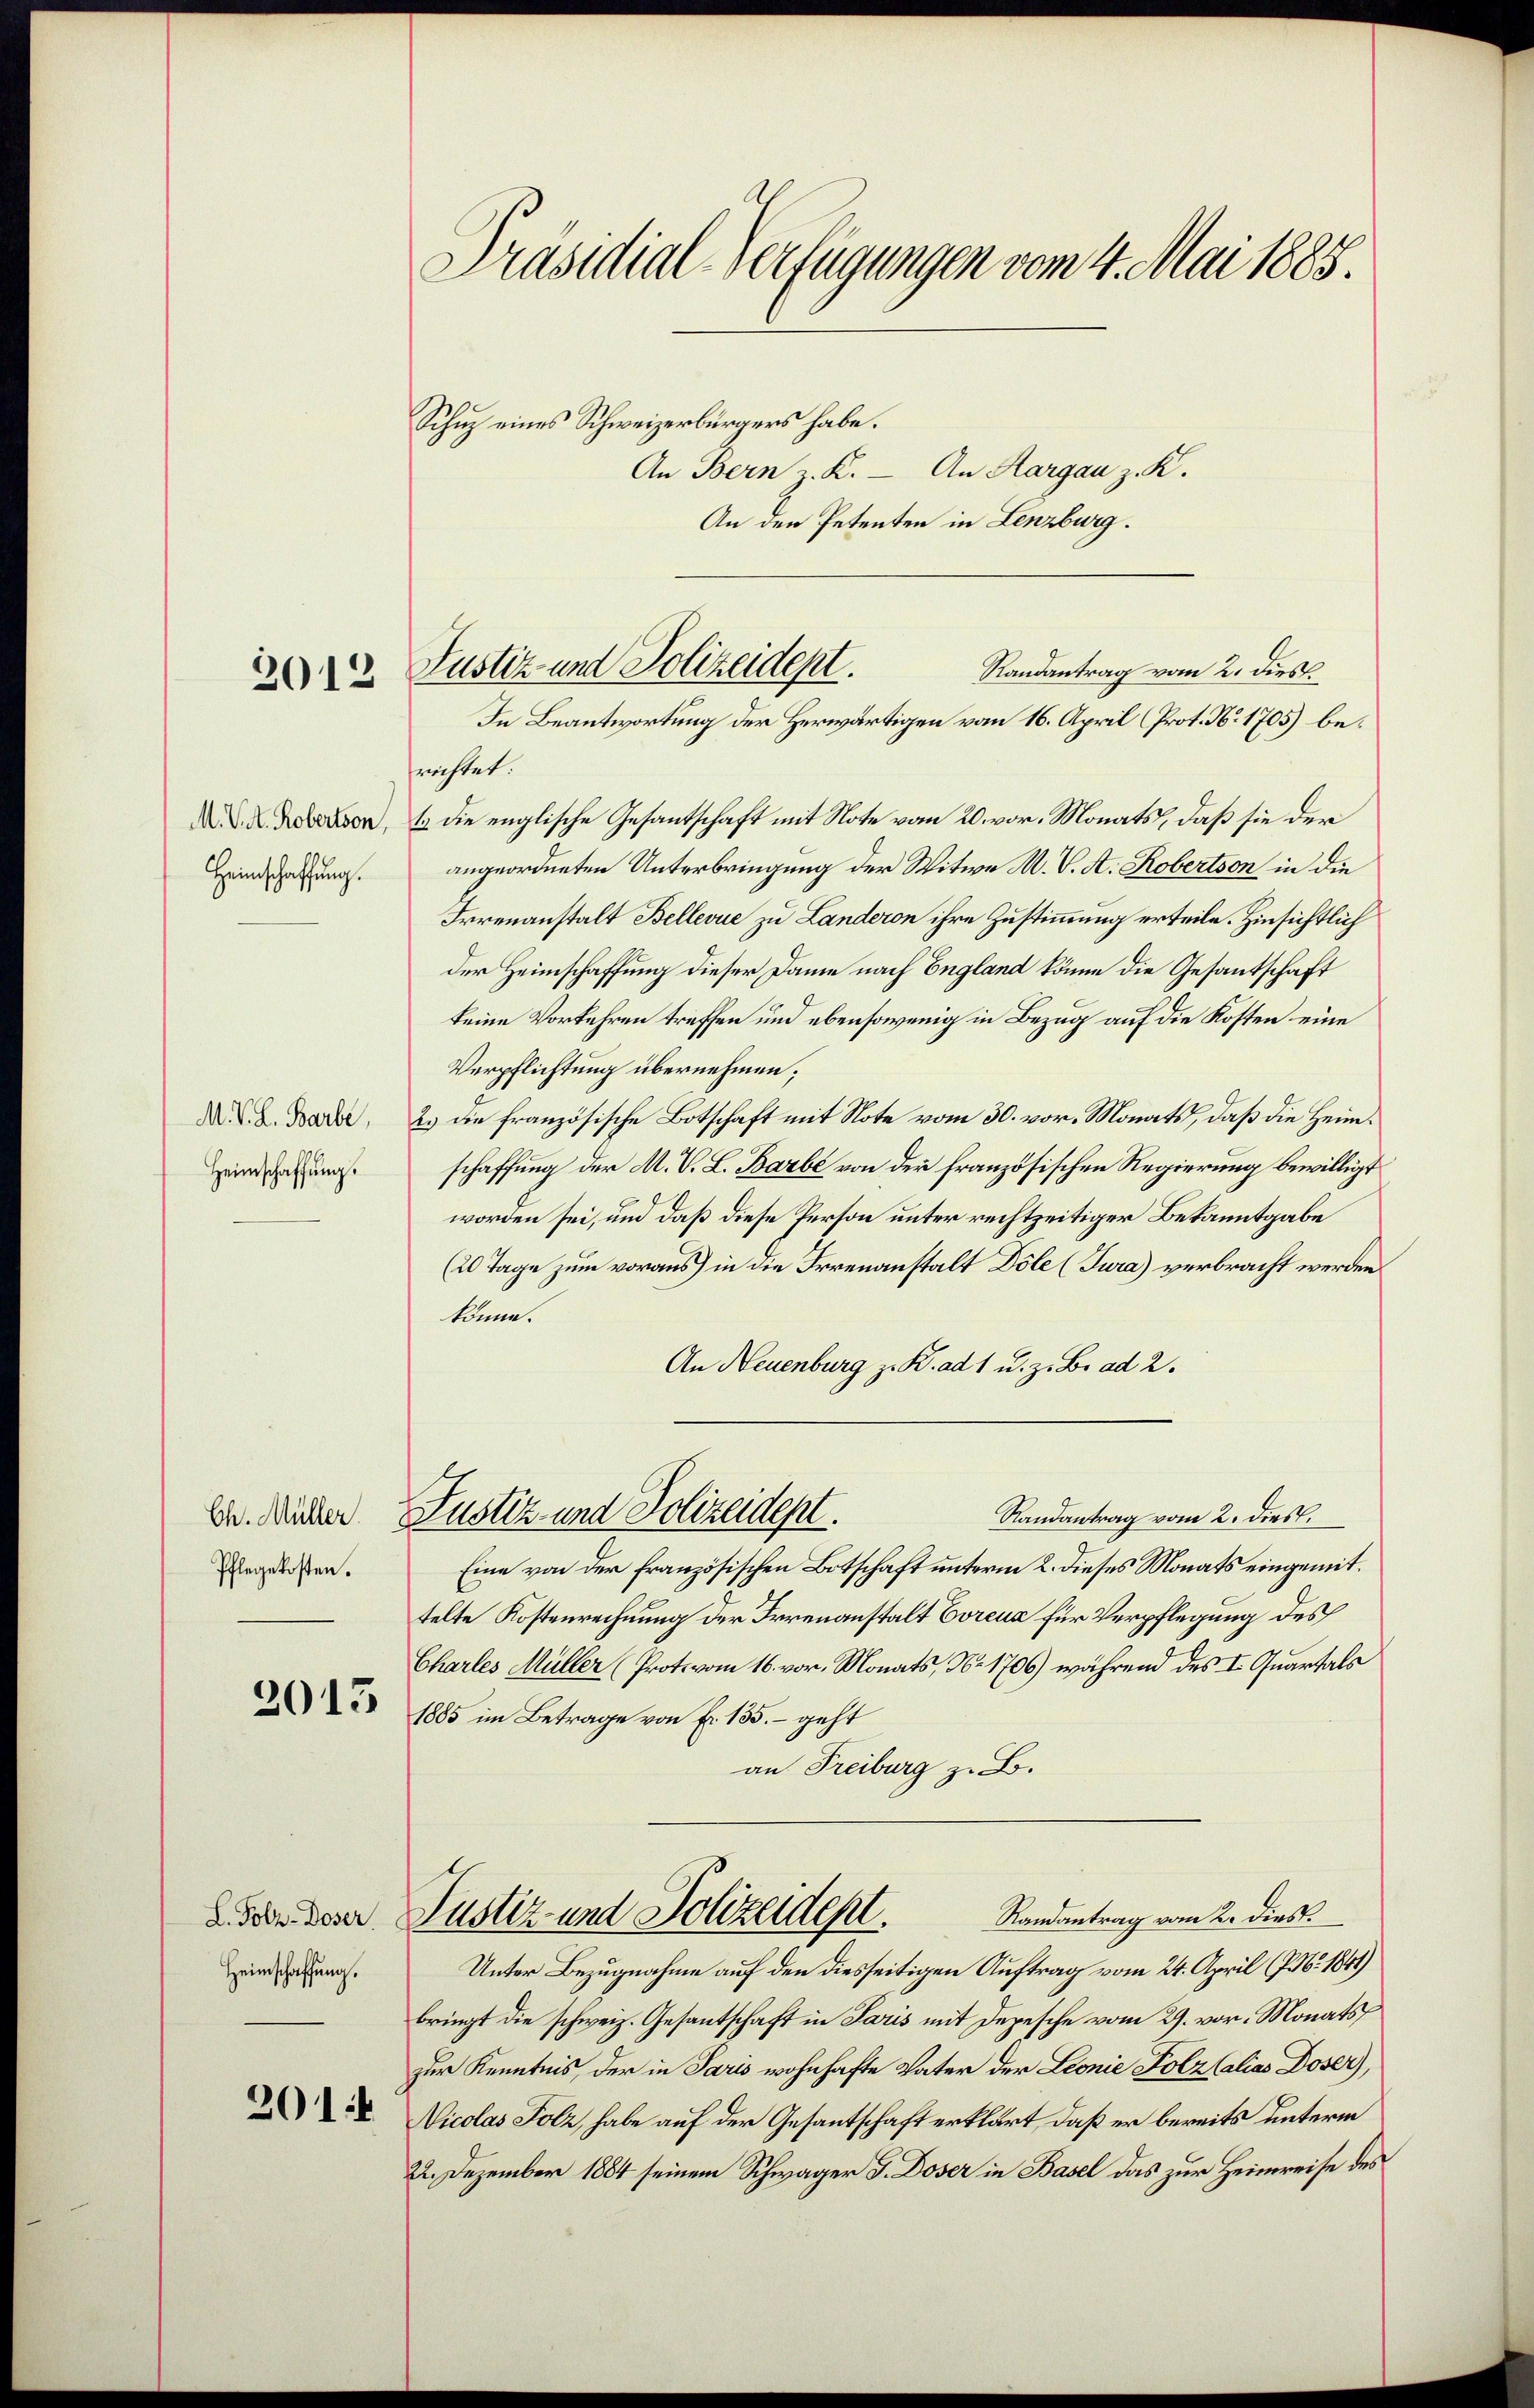
2012

Heimschaffung.

M. V. L. Barbe,
Heimschaffung.

Pflegekosten.
2013

L. Polz-Doser
Heimschaffung.
201

e
Präsidial-Verfügungen vom 4. Mai 1885.
Schuz eines Schweizerbürgers habe.
An Bern z. K. — An Hargau z. K.

Justiz und Polizeident.
In Beantwortung der Herwärtigen vom 16. April (Prot. N. 1705) be¬

An den Petenten in Lenzburg.

Randantrag vom 2. dies
frichtet.
X. D. Reisen, 1. die englische Gesantschaft mit Note vom 20. vor. Monats, daß sie der
angeordneten Unterbringung der Witwe M. V. A. Robertson in die
Irrenanstalt Bellevue zu Landeron ihre Zustimmung erteile. Hinsichtlich
der Heimschaffung dieser Dame nach England könne die Gesantschaft
keine Vorkehren treffen und ebensowenig in Bezug auf die Kosten eine
Verpflichtung übernehmen;
2.) Die französische Botschaft mit Note vom 30. vor. Monats, daß die Heimschaffung der A. V. L. Barbe von der französischen Regierung bewilligt
worden sei, und daß diese Person unter rechtzeitiger Bekanntgabe
(20 Tage zum voraus) in die Irrenanstalt Dole (Tura) verbracht werden
könne.
An Neuenburg z. K. ad 1 u. z. B. ad 2.
Randantrag vom 2. dies.
Dr. Wicker Justiz- und Polizeident.
Eine von der französischen Botschaft unterm 2. dieses Monats eingemittelte Kostenrechnung der Irrenanstalt Boreuz für Verpflegung des
Charles Müller (Proto vom 16. vor. Monats, No 1706) während des I. Quartals
1885 im Betrage von f. 135. – geht
an Freiburg z. B.
Randantrag vom 2. dies.
Justiz und Polizeidept.
Unter Bezugnahme auf den diesseitigen Auftrag vom 24. April (7 Nr. 1841)
bringt die schweiz. Gesantschaft in Paris mit Depesche vom 27. vor. Monats
zur Kenntnis, der in Paris wohnhafte Vater der Leonie Polz Calias Doser),
Nicolas Folz, habe auf der Gesantschaft erklärt, daß er bereits unterm
22. Dezember 1884 seinem Schwager J. Doser in Basel das zur Heimreise des